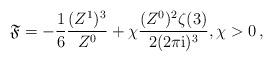
LaTeX: \begin{align*} \mathfrak{F}=-\frac{1}{6}\frac{(Z^1)^3}{Z^0}+\chi \frac{(Z^0)^2 \zeta(3)}{2(2\pi \mathrm{i})^3}, \chi>0\,,\end{align*}